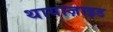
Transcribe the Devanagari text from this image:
थायाज़ाइड